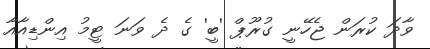
ވާދަ ކުރަން ޖެހޭނީ ގުރޫޕް 'ބީ' ގެ ދެ ވަނަ ޓީމު އިންޑިއާއާ